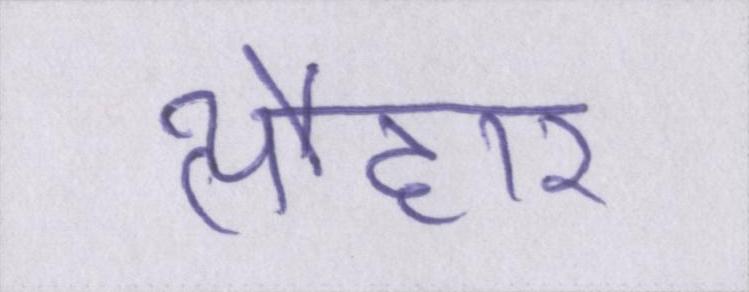
त्यौहार